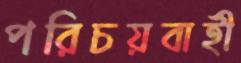
পরিচয়বাহী